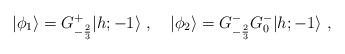
\begin{align*}\vert\phi_1\rangle=G^+_{-{2\over3}}\vert{h;-1}\rangle{}~,{}~{}~{}~\vert\phi_2\rangle =G^-_{-{2\over3}}G^-_0\vert{h;-1}\rangle{}~,\end{align*}